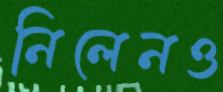
নিলেনও